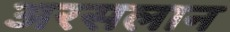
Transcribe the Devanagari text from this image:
अरसलान